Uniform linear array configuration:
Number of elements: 24
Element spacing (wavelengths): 0.75
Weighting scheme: hann
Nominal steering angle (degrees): -15
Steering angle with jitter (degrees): -14.439
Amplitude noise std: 0.05
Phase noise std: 0.05

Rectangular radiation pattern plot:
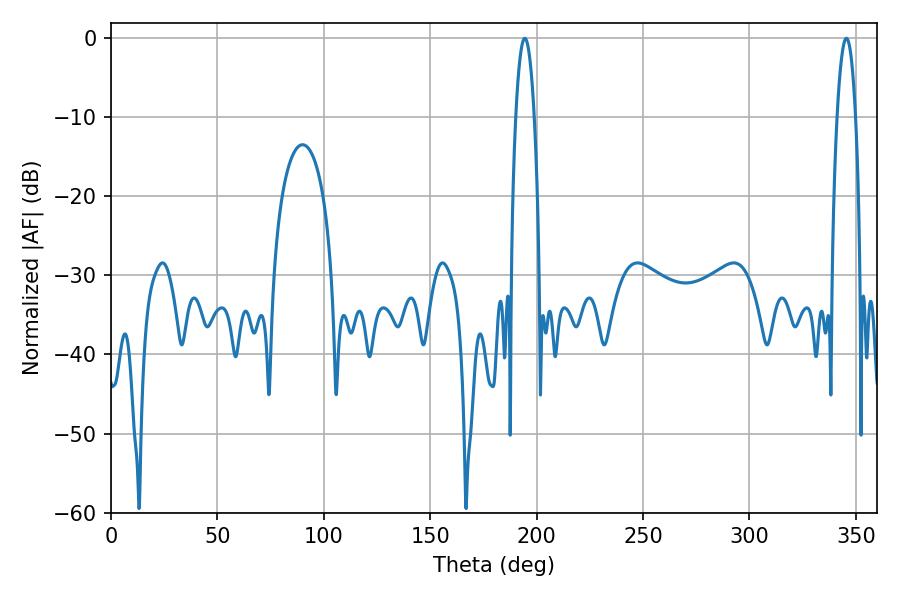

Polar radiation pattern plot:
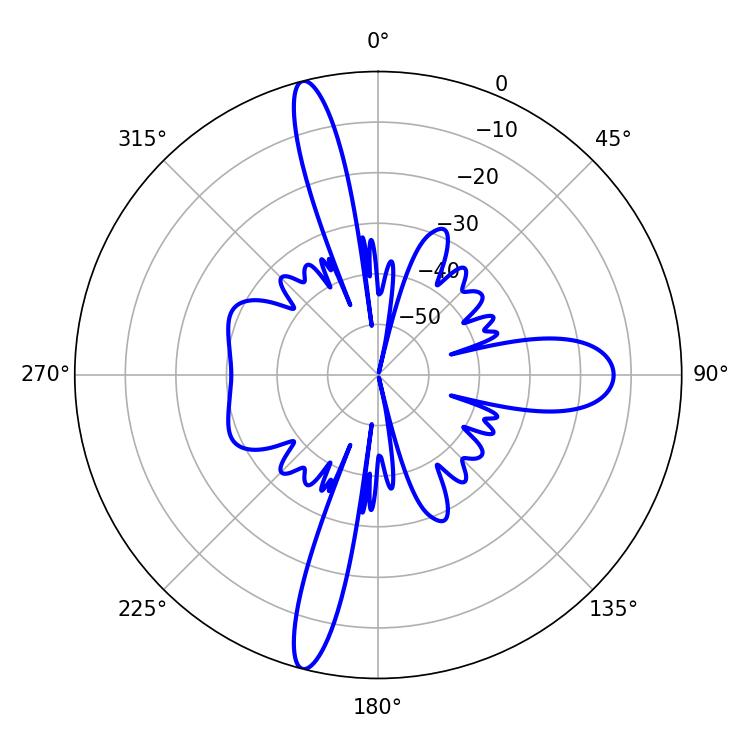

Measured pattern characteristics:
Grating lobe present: TRUE
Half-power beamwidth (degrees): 4.86
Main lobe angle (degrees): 194.4